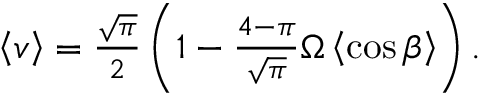
\begin{array} { r } { \left\langle v \right\rangle = \frac { \sqrt { \pi } } { 2 } \left( 1 - \frac { 4 - \pi } { \sqrt { \pi } } \Omega \left\langle \cos \beta \right\rangle \right) . } \end{array}